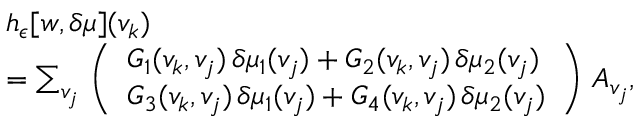
\begin{array} { r l } & { h _ { \epsilon } [ w , \delta \mu ] ( v _ { k } ) } \\ & { = \sum _ { v _ { j } } \, \left( \begin{array} { l } { G _ { 1 } ( v _ { k } , v _ { j } ) \, \delta \mu _ { 1 } ( v _ { j } ) + G _ { 2 } ( v _ { k } , v _ { j } ) \, \delta \mu _ { 2 } ( v _ { j } ) } \\ { G _ { 3 } ( v _ { k } , v _ { j } ) \, \delta \mu _ { 1 } ( v _ { j } ) + G _ { 4 } ( v _ { k } , v _ { j } ) \, \delta \mu _ { 2 } ( v _ { j } ) } \end{array} \right) \, A _ { v _ { j } } , } \end{array}